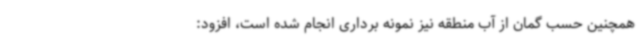
همچنین حسب گمان از آب منطقه نیز نمونه برداری انجام شده است، افزود: